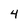
Character: 4